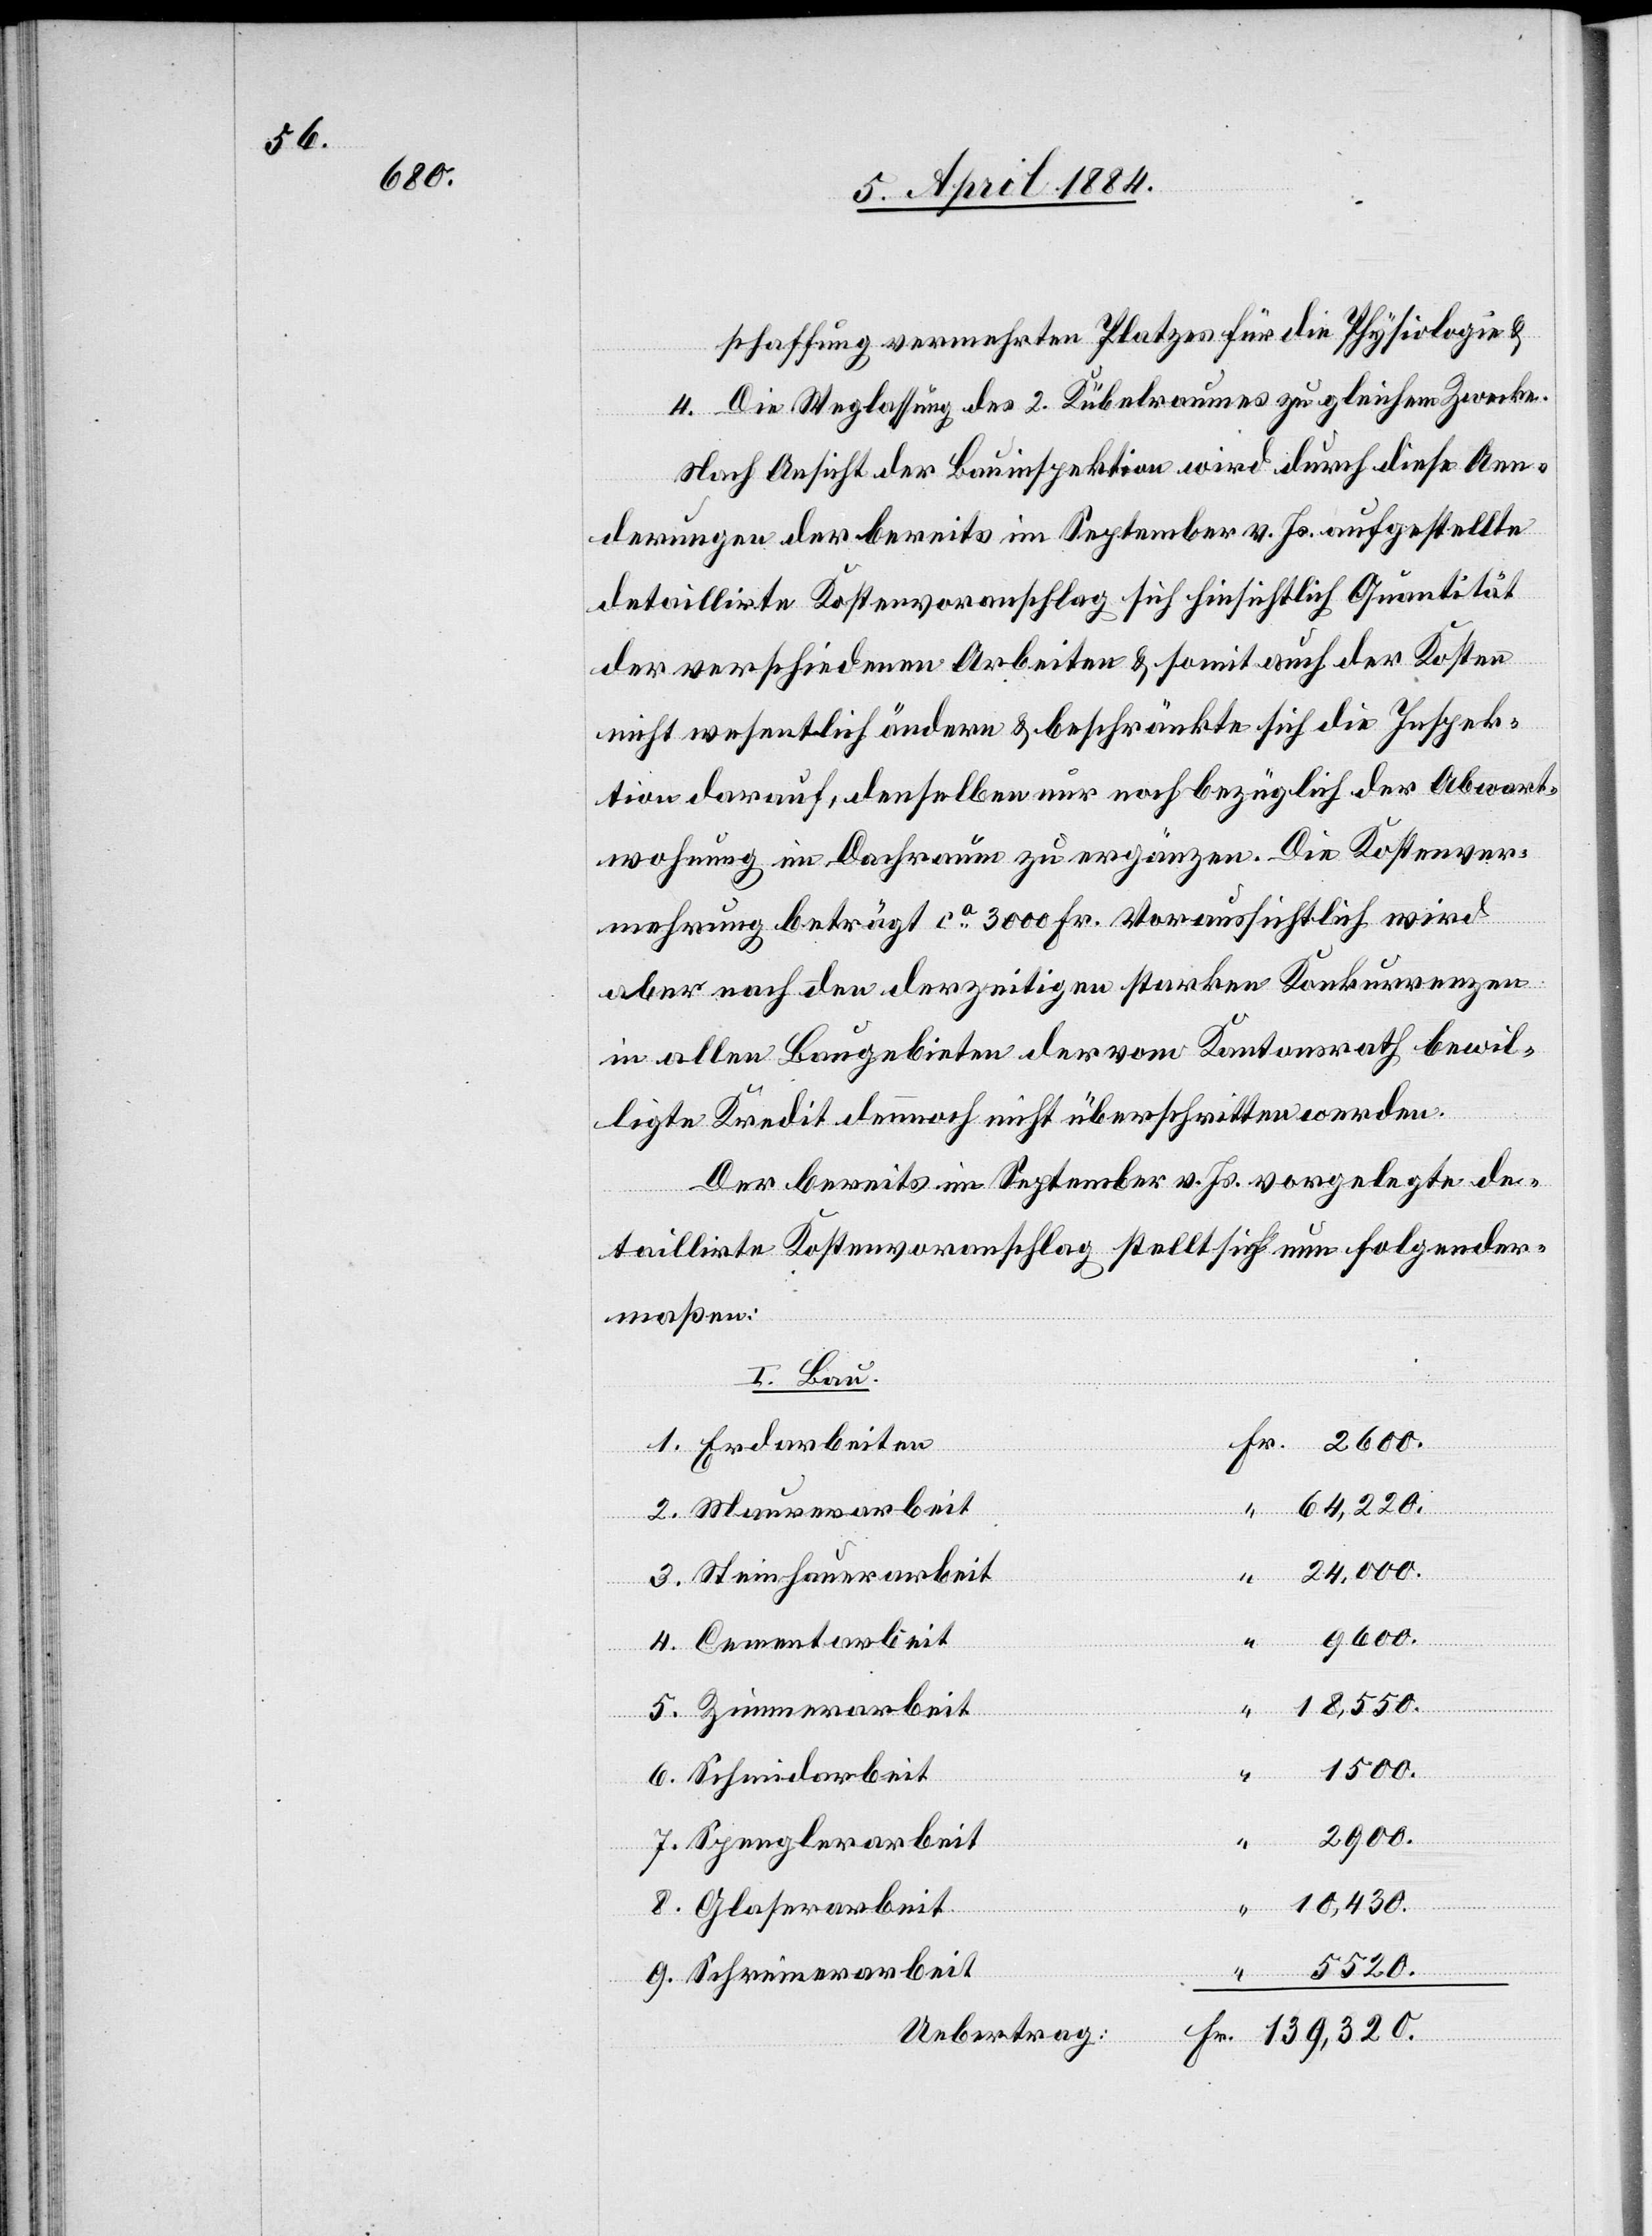
schaffung vermehrten Platzes für die Physiologie &
4. Die Weglassung des 2. Kübelraumes zu gleichem Zwecke.
Nach Ansicht der Bauinspektion wird durch diese Aen¬
derungen der bereits im September v. Js. aufgestellte
detaillirte Kostenvoranschlag sich hinsichtlich Quantität
der verschiedenen Arbeiten & somit auch der Kosten
nicht wesentlich ändern & beschränkte sich die Inspek¬
tion darauf, denselben nur noch bezüglich der Abwart¬
wohnung im Dachraum zu ergänzen. Die Kostenver¬
mehrung beträgt ca 3000 Fr. Voraussichtlich wird
aber nach den derzeitigen starken Konkurrenzen
in allen Baugebieten der vom Kantonsrath bewil¬
5.
Der bereits im September v. Js. vorgelegte de¬
taillirte Kostenvoranschlag stellt sich nun folgender¬
maßen:
I. Bau.
64,220.
Schreinerarbeit
24,000.
9600.
rarbeit
“
18,550.
9.
1500.
2900.
8.
Spenglerarbeit
10,430.
5520.
“